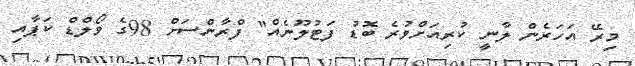
މިރޭ އަހަރެން ލާނީ ކުރިއަށްވުރެ ބޮޑު ފަޓުލޫނެއް" ފްރާންސަށް 98ގެ ވޯލްޑް ކަޕާއި